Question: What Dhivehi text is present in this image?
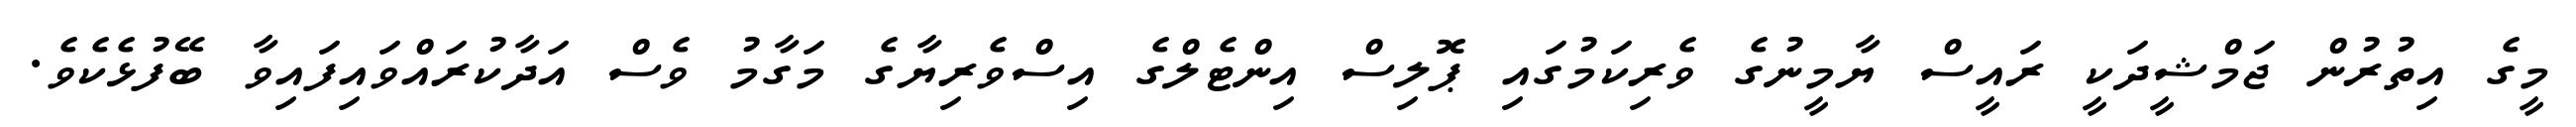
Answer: މީގެ އިތުރުން ޖަމްޝީދަކީ ރައީސް ޔާމީނުގެ ވެރިކަމުގައި ޕޮލިސް އިންޓެލްގެ އިސްވެރިޔާގެ މަގާމު ވެސް އަދާކުރައްވައިފައިވާ ބޭފުޅެކެވެ.